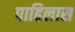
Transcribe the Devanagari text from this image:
पाहिलास